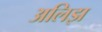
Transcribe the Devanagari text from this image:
अलिझ